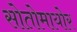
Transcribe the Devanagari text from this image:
सोतोमायोर